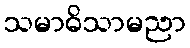
သမာဓိသာမညာ